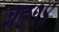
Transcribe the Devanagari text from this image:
वह१४